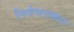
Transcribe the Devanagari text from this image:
निर्वचनकार